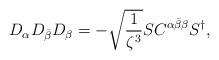
\begin{align*}D_{\alpha}D_{\bar{\beta}}D_{\beta} =-\sqrt{\frac{1}{\zeta^3}}SC^{ \alpha\bar{\beta}\beta}S^{\dagger},\end{align*}